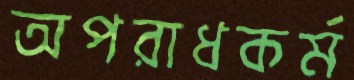
অপরাধকর্ম